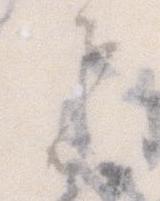
者